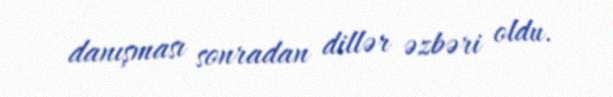
danışması sonradan dillər əzbəri oldu.